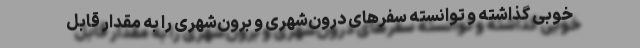
خوبی گذاشته و توانسته سفرهای درون‌شهری و برون‌شهری را به مقدار قابل